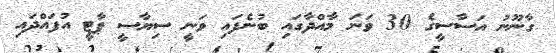
ގާނޫނު އަސާސީގެ 30 ވަނަ މާއްދާގައި ބުނެފައި ވަނީ ސިޔާސީ ޕާޓީ އުފައްދައި